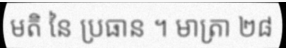
មតិ នៃ ប្រធាន ។ មាត្រា ២៨